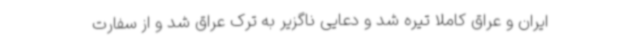
ایران و عراق کاملا تیره شد و دعایی ناگزیر به ترک عراق شد و از سفارت